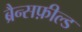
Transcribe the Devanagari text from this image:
ब्रैन्सफ़ील्ड